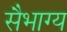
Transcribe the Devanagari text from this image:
सैभाग्य